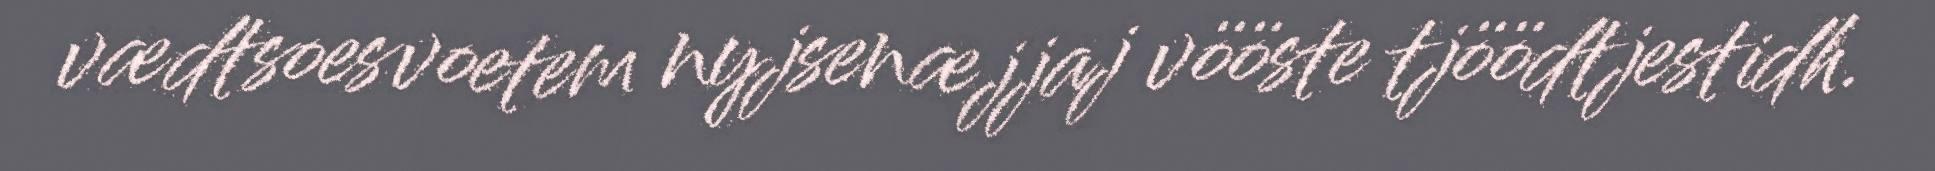
vædtsoesvoetem nyjsenæjjaj vööste tjöödtjestidh.